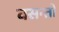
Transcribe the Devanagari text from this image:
वसन्तो